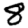
Digit: 8